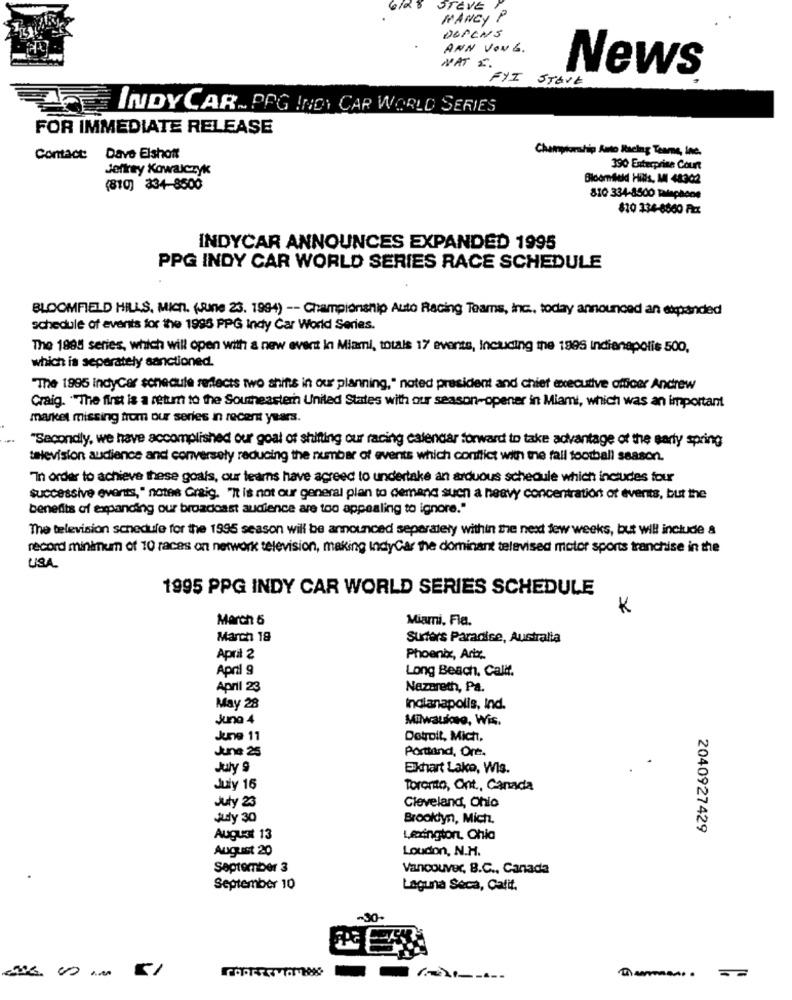
STEVE
MANCY P
DOPLNS
ANN VON G.
NAT 2.
FYI STAVE
News
INDY CAR~ PRG INDY CAR WORLD SERIES
FOR IMMEDIATE RELEASE
Championship Auto Racing Teame, inc.
Contact: Dave Elshott
Jeffrey Kowalczyk
390 Enterprise Court
Bloomfield Hills, MI 48302
(810) 334-8500
810 334-8500 Talephone
820 334-8860 FIX
INDYCAR ANNOUNCES EXPANDED 1995
PPG INDY CAR WORLD SERIES RACE SCHEDULE
BLOOMFIELD HILLS, Mich. (June 23. 1994) -- Championship Auto Racing Teams, inc ., today announced an expanded
schedule of events for the 1995 PPG Indy Car World Series.
The 1988 series, which will open with a new event in Miami, totals 17 events, Including the 1995 Indianapolis 500,
which is separately sanctioned.
"The 1995 indyCar schedule reflects two shifts in our planning," noted president and chief executive officer Andrew
Craig. . "The first is a retum to the Southeastern United States with our season-opener in Miami, which was an important
market missing from our series in recent years.
"Secondly, we have accomplished our goal of shifting our racing calendar forward to take advantage of the early spring
television audience and conversely reducing the number of events which conflict with the fall football season.
"In order to achieve these goals, our teams have agreed to undertake an arduous schedule which includes four
successive events," notes Craig. "It is not our general plan to demand suen a heavy concentrations of events, but the
benefits of expanding our broadcast audience are too appealing to ignore."
The television schedule for the 1995 season will be announced separately within the next few weeks, but will include &
record minimum of 10 races on network television, making IndyCar the dominant televised motor sports tranchise in the
USA.
1995 PPG INDY CAR WORLD SERIES SCHEDULE
K
March 5
Miami, Fla.
March 18
Surfers Paradise, Australia
April 2
Phoenix, Ariz.
April 9
Long Beach, Calif.
April 23
Nazareth, Pa.
May 28
Indianapolis, Ind.
June 4
Milwauimso, Wis.
June 11
Detroit, Mich,
June 25
Portland, Ore.
July 9
Exhart Lako, Wis.
July 16
Toronto, Ont ., Canada
July 23
Cleveland, Ohio
July 30
Brooklyn, Mich.
2040927429
August 13
Lexington, Chia
August 20
Loudon, N.H.
September 3
Vancouver, B.C ., Canada
September 10
Laguna Seca, Calif.
00
1 -.. ==